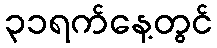
၃၁ရက်နေ့တွင်